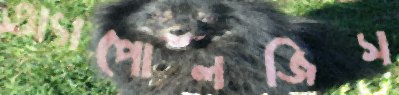
অ্যাপোলজিস